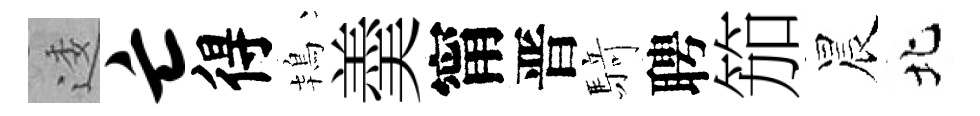
逶亡得鴇羮甯晋𮪍聘笳晨北